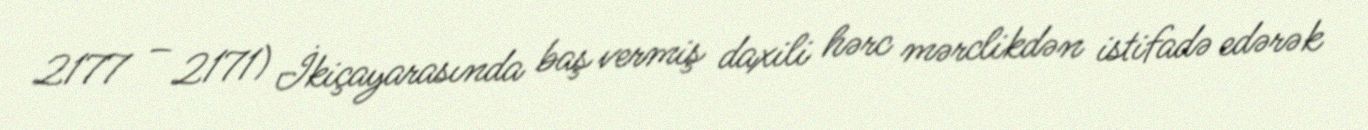
2177 – 2171) İkiçayarasında baş vermiş daxili hərc mərclikdən istifadə edərək